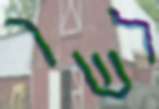
לשר